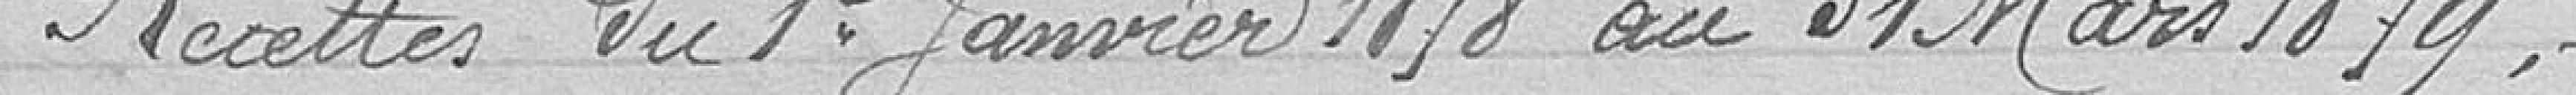
Recette du 1er Janvier 1878 au 31 Mars 1879,